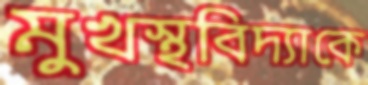
মুখস্থবিদ্যাকে